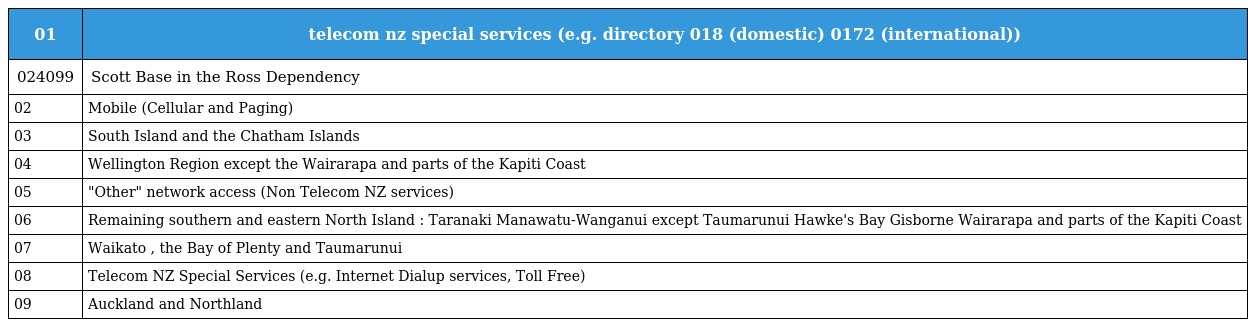
| 01 | telecom nz special services (e.g. directory 018 (domestic) 0172 (international)) |
 | --- | --- |
 | 024099 | Scott Base in the Ross Dependency |
 | 02 | Mobile (Cellular and Paging) |
 | 03 | South Island and the Chatham Islands |
 | 04 | Wellington Region except the Wairarapa and parts of the Kapiti Coast |
 | 05 | "Other" network access (Non Telecom NZ services) |
 | 06 | Remaining southern and eastern North Island : Taranaki Manawatu-Wanganui except Taumarunui Hawke's Bay Gisborne Wairarapa and parts of the Kapiti Coast |
 | 07 | Waikato , the Bay of Plenty and Taumarunui |
 | 08 | Telecom NZ Special Services (e.g. Internet Dialup services, Toll Free) |
 | 09 | Auckland and Northland |